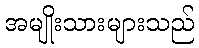
အမျိုးသားများသည်